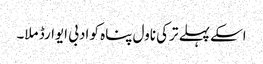
اسکے پہلے ترکی ناول پناہ کو ادبی ایوارڈ ملا۔